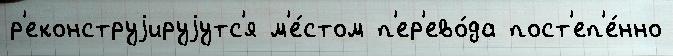
р'еконструjируjутс'я м'е́стом п'ер'ево́да пост'еп'е́нно